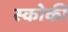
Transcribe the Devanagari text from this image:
स्‍कोकी